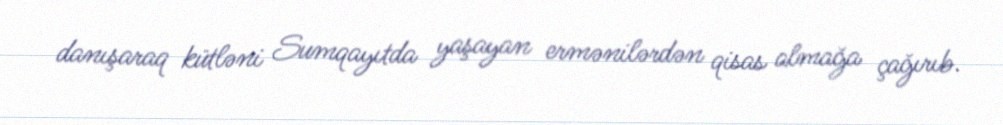
danışaraq kütləni Sumqayıtda yaşayan ermənilərdən qisas almağa çağırıb.